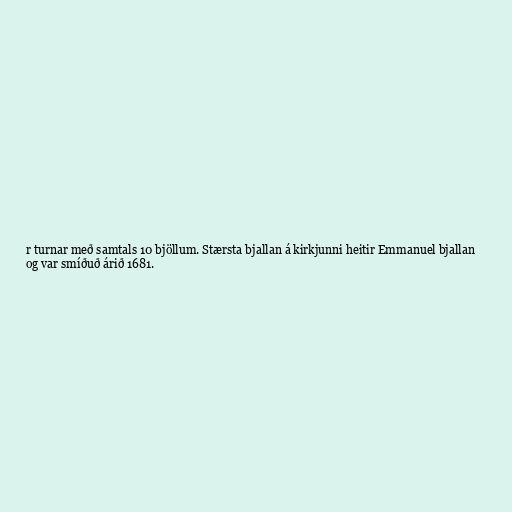
r turnar með samtals 10 bjöllum. Stærsta bjallan á kirkjunni heitir Emmanuel bjallan
og var smíðuð árið 1681.